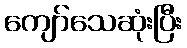
ကျော်သေဆုံးပြီး